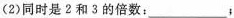
(2)同时是2和3的倍数：___ ；